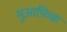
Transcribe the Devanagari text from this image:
मुआफ़िक